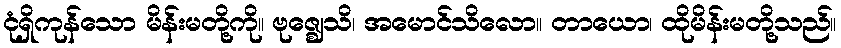
ငုံရှိကုန်သော မိန်းမတို့ကို။ ဗုဇ္ဈေသိ၊ အမောင်သိလော။ တာယော၊ ထိုမိန်းမတို့သည်။